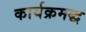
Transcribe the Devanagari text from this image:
कार्यक्रमद्ध